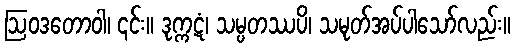
ဩဝဒတောဝါ၊ ၎င်း။ ဒုက္ကဋံ၊ သမ္ပတဿပိ၊ သမုတ်အပ်ပါသော်လည်း။